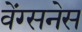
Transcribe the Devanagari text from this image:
वेंग्सनेस